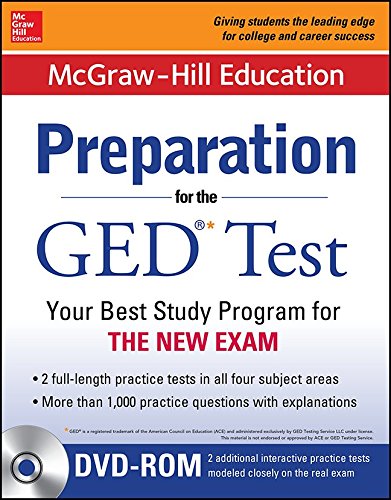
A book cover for McGraw-Hill Education Preparation for the GEDÂ® Test with DVD-ROM; Editors of McGraw-Hill Education; Test Preparation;